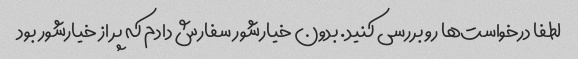
لطفا درخواست‌ها رو بررسی کنید. بدون خیارشور سفارش دادم که پر از خیارشور بود